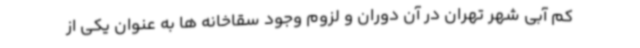
کم آبی شهر تهران در آن دوران و لزوم وجود سقاخانه ها به عنوان یکی از